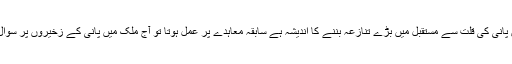
سندھ میں پانی کی قلت سے مستقبل میں بڑے تنازعہ بننے کا اندیشہ ہے سابقہ معاہدے پر عمل ہوتا تو آج ملک میں پانی کے زخیروں پر سوال نہ اٹھتا۔